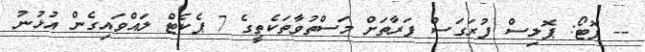
-- ފޮޓޯ: ޕޮލިސް ފުރަގަސް ފަރާތަށް މަސްތުވާތަކެތީގެ 7 ޕެކެޓް ލައްވައިގެން އުޅުނު